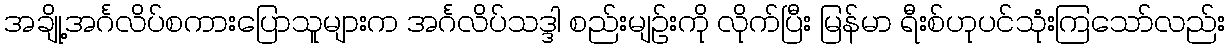
အချို့အင်္ဂလိပ်စကားပြောသူများက အင်္ဂလိပ်သဒ္ဒါ စည်းမျဉ်းကို လိုက်ပြီး မြန်မာ ရီးစ်ဟုပင်သုံးကြသော်လည်း